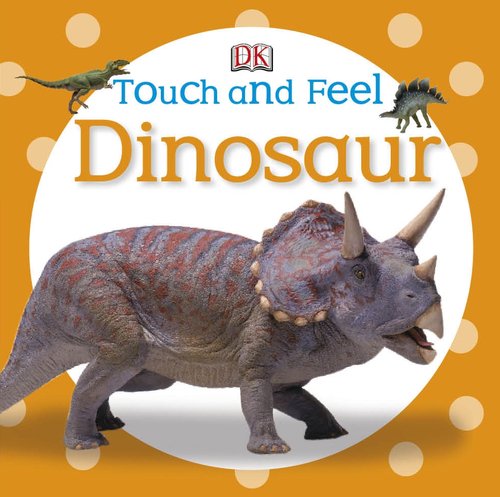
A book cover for Touch and Feel: Dinosaur (Touch & Feel); DK Publishing; Children's Books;